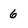
Character: 6